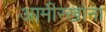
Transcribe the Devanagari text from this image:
आमीरखांना